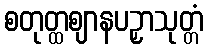
စတုတ္ထဈာနပဉှာသုတ္တံ